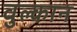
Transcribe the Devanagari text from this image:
वुल्कान